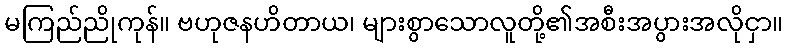
မကြည်ညိုကုန်။ ဗဟုဇနဟိတာယ၊ များစွာသောလူတို့၏အစီးအပွားအလိုငှာ။